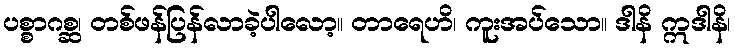
ပစ္စာဂစ္ဆ၊ တစ်ဖန်ပြန်လာခဲ့ပါလော့။ တာရေဟိ၊ ကူးအပ်သော။ ဒါနိ ဣဒါနိ၊